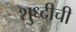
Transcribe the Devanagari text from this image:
शुध्दीची